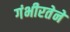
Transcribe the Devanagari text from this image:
गंभीरतेने